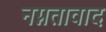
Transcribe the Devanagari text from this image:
नग्नतावाद